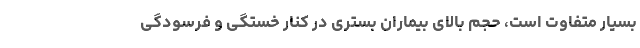
بسیار متفاوت است، حجم بالای بیماران بستری در کنار خستگی و فرسودگی